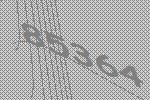
85364